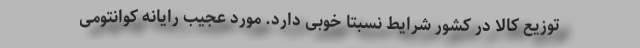
توزیع کالا در کشور شرایط نسبتا خوبی دارد. مورد عجیب رایانه کوانتومی